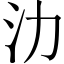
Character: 氻